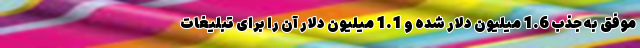
موفق به جذب 1.6 میلیون دلار شده و 1.1 میلیون دلار آن را برای تبلیغات